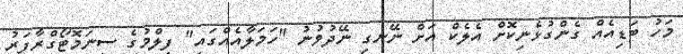
މަހު ބަޑިއެއް ގެންގުޅެނިކޮށް އެލެކް އަށް ނޭނގި ނޭދުވުނު "ހަމަލާއެއްގައި" ފިލްމުގެ ސިނަމޮޓޯގްރާފަރު